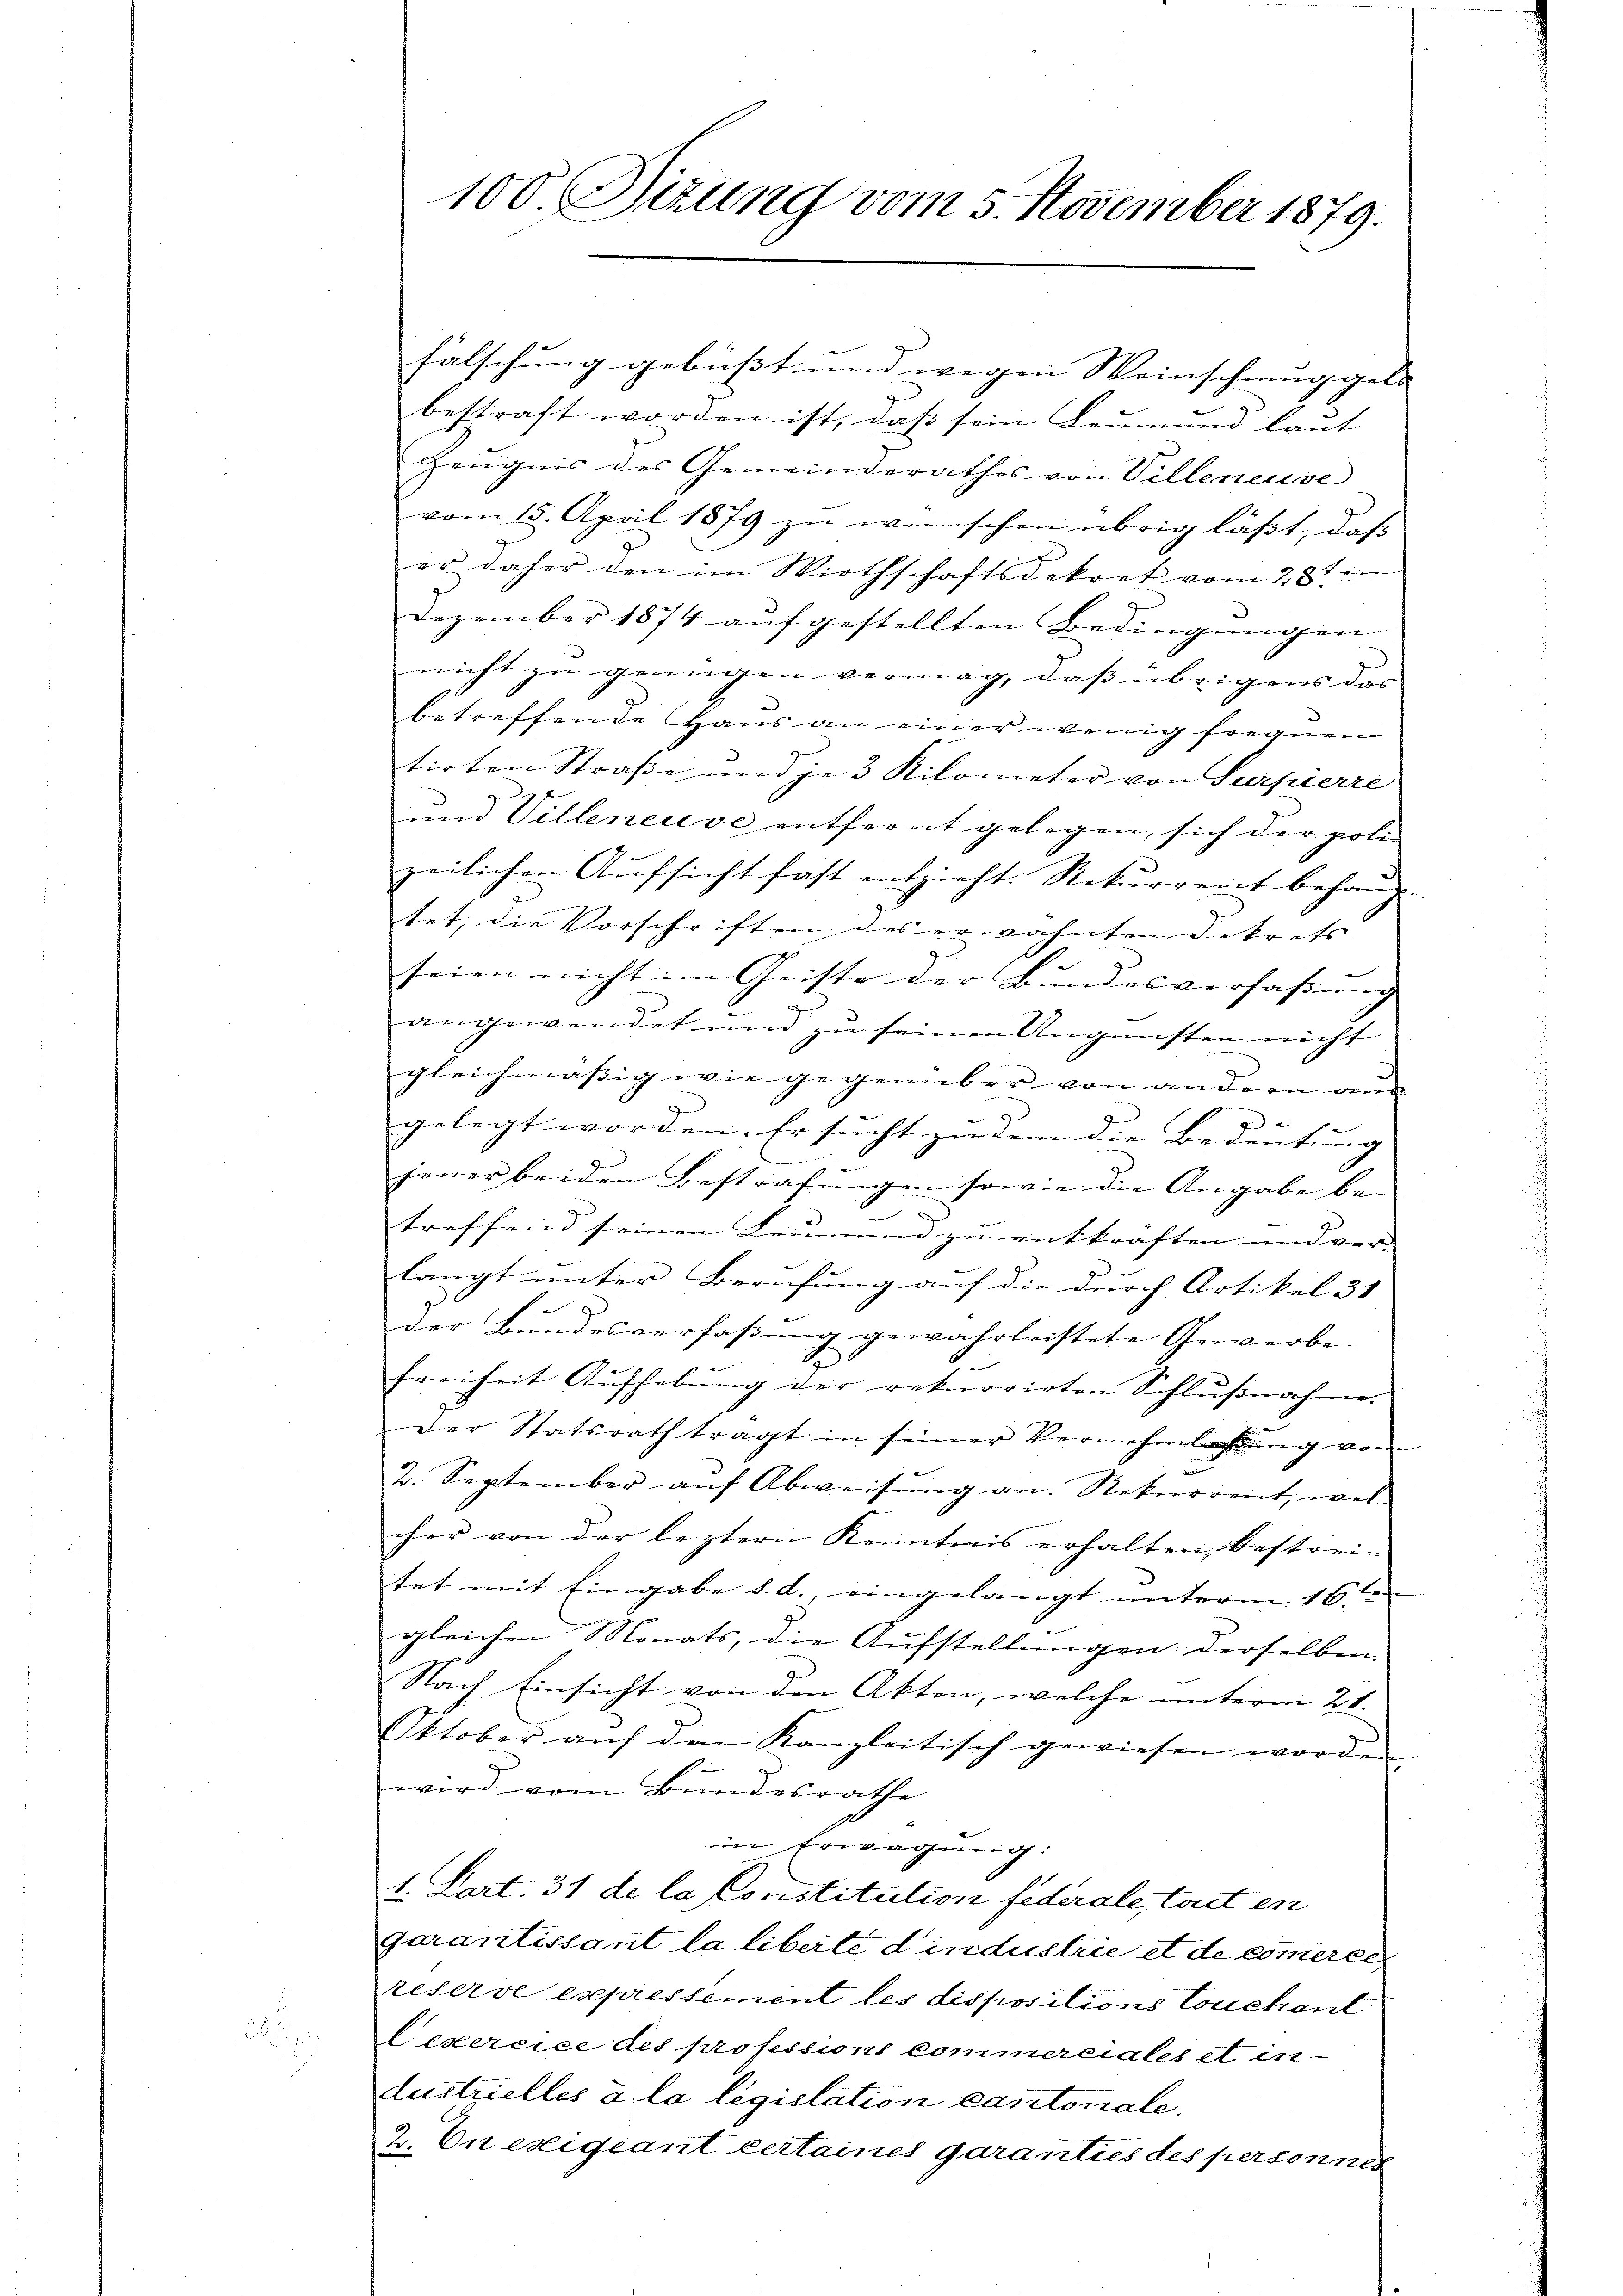
8

100. Sizung vom 5. November 1879.

falschung gebüßt und wegen Weinschmuggeld |
bestraft worden ist, daß sein Leumund laut
Zeugnis des Gemeinderathes von Villeneuve
vom 15. April 1879 zu wünschen übrig läßt, daß
er daher den im Wirthschaftsdekret vom 28te
Dezember 1874 aŭfgestellten Bedingungen
nicht zu genügen vermag, daß übrigens das
betreffende Haus an einer wenig frequen
tirten Straße und je 3 Kilometer von Surpierre
und Villeneuve entfernt gelegen, sich der poli-
zeilichen Aufsicht fast entzieht. Rekurrent behaup
tet, die Vorschriften des erwähnten Dekrets |
seien nicht im Geiste der Bundesverfaßung
angewendet und zu seinen Ungünsten nicht
gleichmässig wie gegenüber von andern aus
g
gelegt worden. Er sucht zu dem die Bedeutung
jener beiden Bestrafungen sowie die Angabe be-
e
treffend seinen Leumen zu entkräften und ver- |
langt unter Berufung auf die durch Artikel 31
.
der Bundesverfassung gewährleistete Gewerbe-
freiheit Aufhebŭng der rekurrirten Schlŭβnahme.
Der Statsrath tragt in seiner Vernehmlassung vom
2. September auf Abweisŭng an. Rekurrent, wel-
cher von der leztern Kenntnis erhalten, bestreitet mit Eingabe d. d., eingelangt unterm 16. en
gleichen Monats, die Aufstellungen derselben
Nach Einsicht von den Akten, welche unterm 21.
Oktober auf den Kanzleitisch gewiesen worden,
wird vom Bundesrathe
in Erwägung
1. Mart. 31 de la Constitution federale, Cart en
garantissant la liberte d’industrie et de commerei
reserve expressement les dispositions Couchant
Lexercice des profession kommerciales et in-
Austrielles à la législation cantonale.
2. In exigeant certaines garanties des personnes